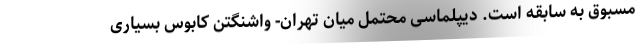
مسبوق به سابقه است. دیپلماسی محتمل میان تهران- واشنگتن کابوس بسیاری